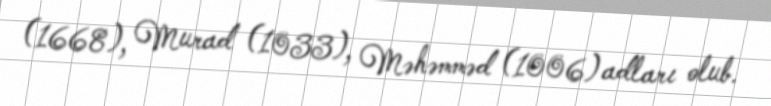
(1668), Murad (1033), Məhəmməd (1006) adları olub.